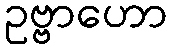
ဥဗ္ဗာဟော